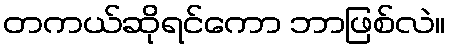
တကယ်ဆိုရင်ကော ဘာဖြစ်လဲ။